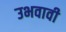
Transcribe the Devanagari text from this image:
उभवावी